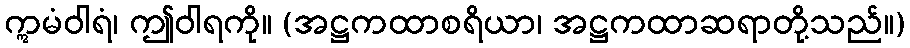
ဣမံဝါရံ၊ ဤဝါရကို။ (အဋ္ဌကထာစရိယာ၊ အဋ္ဌကထာဆရာတို့သည်။)